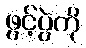
ဖွင့်ပွဲကို